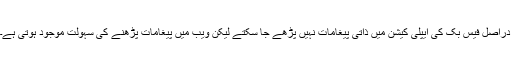
دراصل فیس بک کی ایپلی کیشن میں ذاتی پیغامات نہیں پڑھے جا سکتے لیکن ویب میں پیغامات پڑھنے کی سہولت موجود ہوتی ہے۔